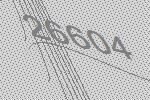
26604